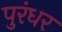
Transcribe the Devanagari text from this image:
पुरंधर